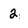
Character: 2